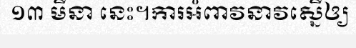
១៣ មីនា នេះ។ការអំពាវនាវស្នើឲ្យ